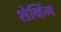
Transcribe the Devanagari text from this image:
शेव्हिंग